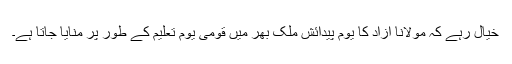
خیال رہے کہ مولانا آزاد کا یوم پیدائش ملک بھر میں قومی یوم تعلیم کے طور پر منایا جاتا ہے۔